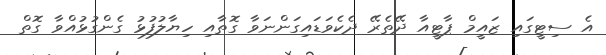
އެ ސިޓީގައި ޒައީމް ޕާޓީއާ ދޭތެރޭ ދެކެވަޑައިގަންނަވާ ގޮތާއި ހިޔާލުފުޅު ގެންގުޅުއްވާ ގޮތް